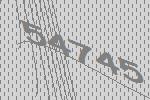
54745